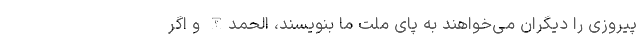
پیروزی را دیگران می‌خواهند به پای ملت ما بنویسند، الحمدالله و اگر